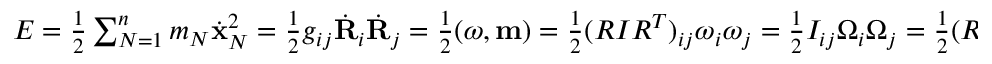
\begin{array} { r } { E = \frac 1 2 \sum _ { N = 1 } ^ { n } m _ { N } \dot { \bf x } _ { N } ^ { 2 } = \frac 1 2 g _ { i j } \dot { \bf R } _ { i } \dot { \bf R } _ { j } = \frac 1 2 ( { \boldsymbol \omega } , { \bf m } ) = \frac 1 2 ( R I R ^ { T } ) _ { i j } \omega _ { i } \omega _ { j } = \frac 1 2 I _ { i j } \Omega _ { i } \Omega _ { j } = \frac 1 2 ( R I ^ { - 1 } R ^ { T } ) _ { i j } m _ { i } m _ { j } = \frac 1 2 I _ { i j } ^ { - 1 } M _ { i } M _ { j } . } \end{array}